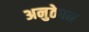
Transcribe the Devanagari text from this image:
अनुठेपन